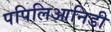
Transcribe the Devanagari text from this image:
पपिलिआनिडी